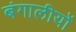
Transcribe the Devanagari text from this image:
बंगालीयों